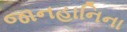
જાનહાનિના